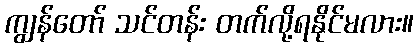
ကျွန်တော် သင်တန်း တက်လို့ရနိုင်မလား။